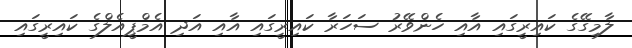
ލާމިގޭގެ ކައިރީގައި އާއި ހެންވޭރު ސަހަރާ ކައިރީގައި އާއި އަދި އެމްޕީއެލްގެ ކައިރީގައި